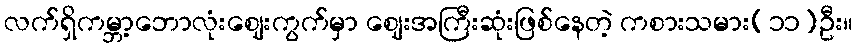
လက်ရှိကမ္ဘာ့ဘောလုံးဈေးကွက်မှာ ဈေးအကြီးဆုံးဖြစ်နေတဲ့ ကစားသမား(၁၁)ဦး။